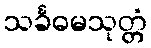
သင်္ခဓမသုတ္တံ